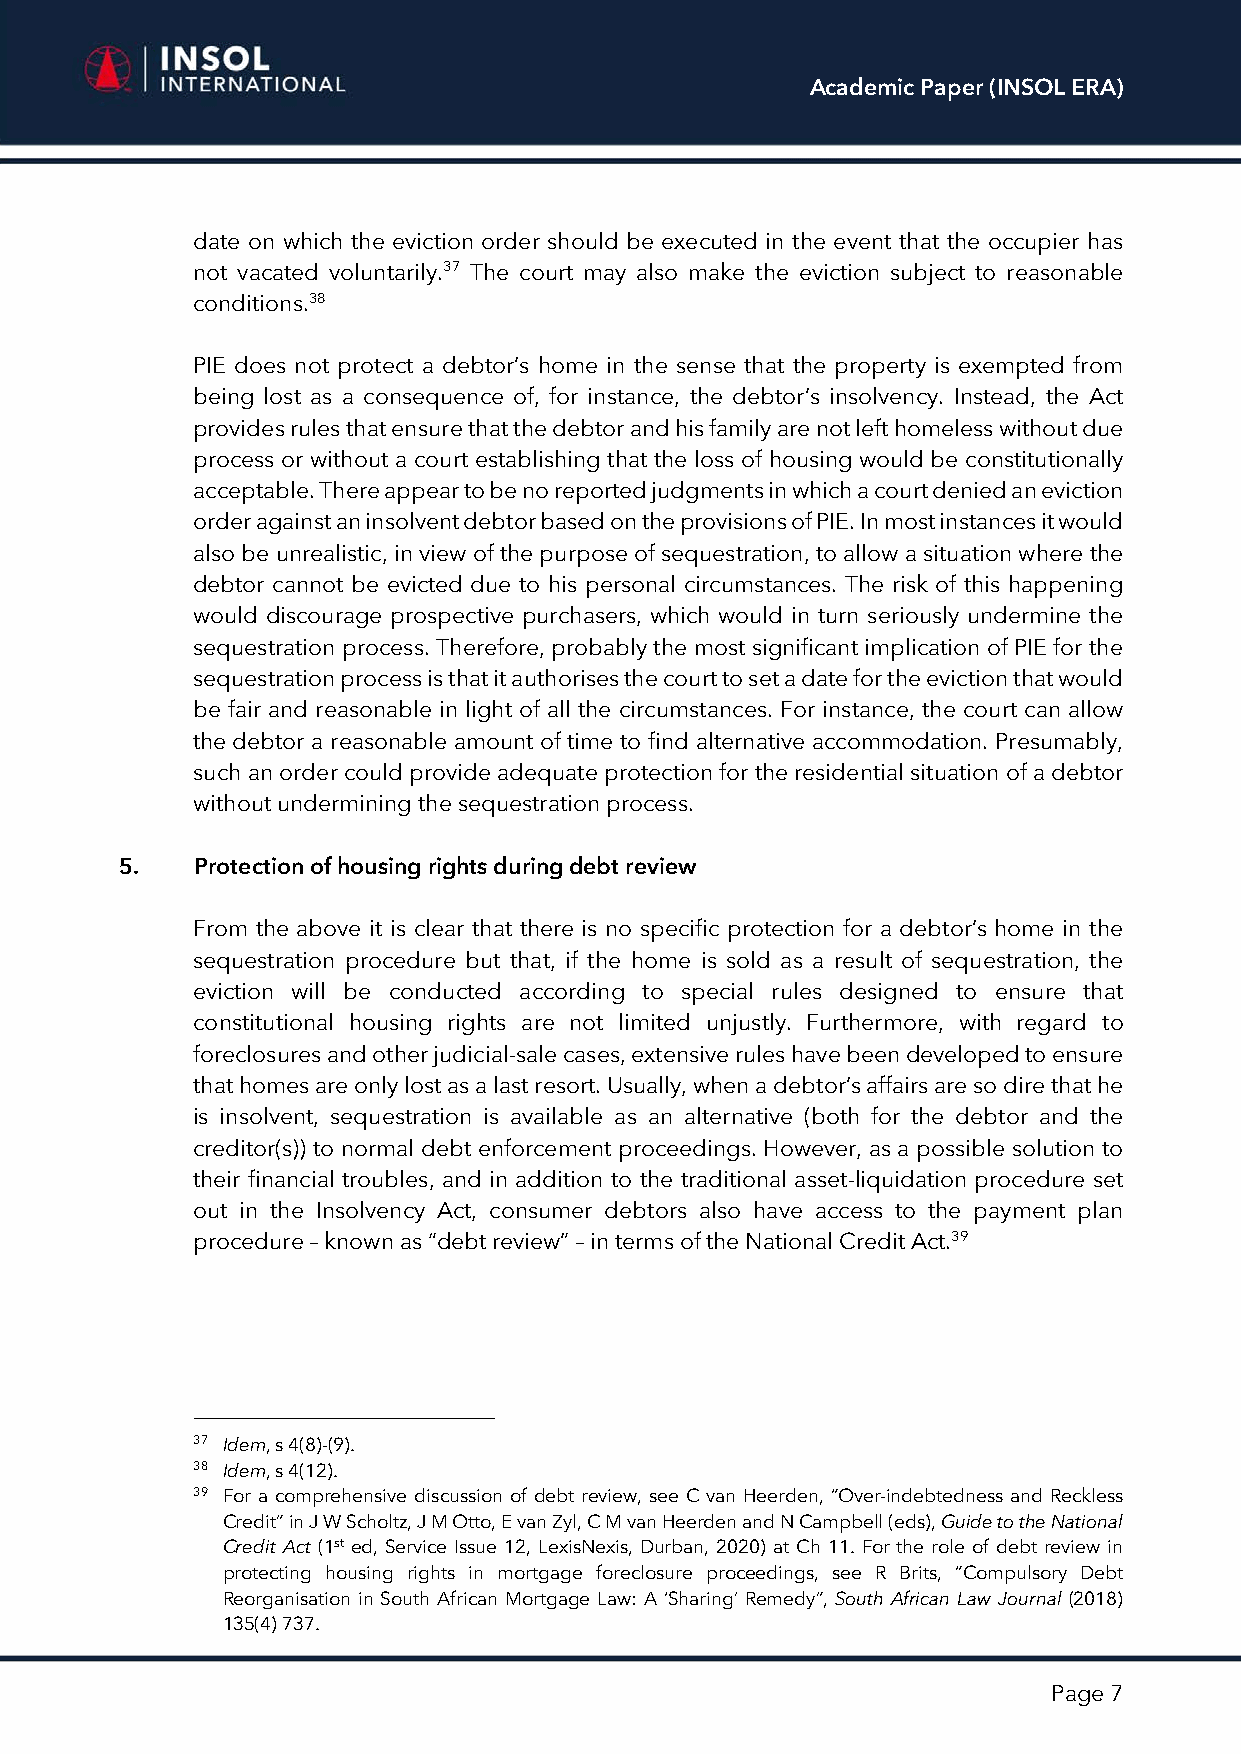
Academic Paper (INSOL ERA)
 date on which the eviction order should be executed in the event that the occupier has
 not vacated voluntarily.37 The court may also make the eviction subject to reasonable
 conditions.38
 PIE does not protect a debtor’s home in the sense that the property is exempted from
 being lost as a consequence of, for instance, the debtor’s insolvency. Instead, the Act
 provides rules that ensure that the debtor and his family are not left homeless without due
 process or without a court establishing that the loss of housing would be constitutionally
 acceptable. There appear to be no reported judgments in which a court denied an eviction
 order against an insolvent debtor based on the provisions of PIE. In most instances it would
 also be unrealistic, in view of the purpose of sequestration, to allow a situation where the
 debtor cannot be evicted due to his personal circumstances. The risk of this happening
 would discourage prospective purchasers, which would in turn seriously undermine the
 sequestration process. Therefore, probably the most significant implication of PIE for the
 sequestration process is that it authorises the court to set a date for the eviction that would
 be fair and reasonable in light of all the circumstances. For instance, the court can allow
 the debtor a reasonable amount of time to find alternative accommodation. Presumably,
 such an order could provide adequate protection for the residential situation of a debtor
 without undermining the sequestration process.
 5.   Protection of housing rights during debt review
 From the above it is clear that there is no specific protection for a debtor’s home in the
 sequestration procedure but that, if the home is sold as a result of sequestration, the
 eviction will be conducted according to special rules designed to ensure that
 constitutional housing rights are not limited unjustly. Furthermore, with regard to
 foreclosures and other judicial-sale cases, extensive rules have been developed to ensure
 that homes are only lost as a last resort. Usually, when a debtor’s affairs are so dire that he
 is insolvent, sequestration is available as an alternative (both for the debtor and the
 creditor(s)) to normal debt enforcement proceedings. However, as a possible solution to
 their financial troubles, and in addition to the traditional asset-liquidation procedure set
 out in the Insolvency Act, consumer debtors also have access to the payment plan
 procedure – known as “debt review” – in terms of the National Credit Act.39
 37 Idem, s 4(8)-(9).
 38 Idem, s 4(12).
 39 For a comprehensive discussion of debt review, see C van Heerden, “Over-indebtedness and Reckless
 Credit” in J W Scholtz, J M Otto, E van Zyl, C M van Heerden and N Campbell (eds), Guide to the National
 Credit Act (1st ed, Service Issue 12, LexisNexis, Durban, 2020) at Ch 11. For the role of debt review in
 protecting housing rights in mortgage foreclosure proceedings, see R Brits, “Compulsory Debt
 Reorganisation in South African Mortgage Law: A ‘Sharing’ Remedy”, South African Law Journal (2018)
 135(4) 737.
 Page 7